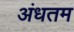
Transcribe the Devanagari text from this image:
अंधतम